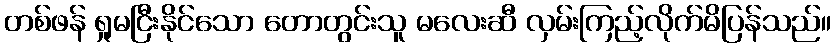
တစ်ဖန် ရှုမငြီးနိုင်သော တောတွင်းသူ မလေးဆီ လှမ်းကြည့်လိုက်မိပြန်သည်။